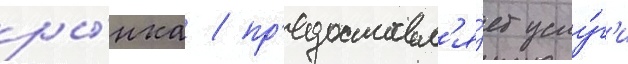
ры́нка / пр'едоставл'я́ет услу́г'и